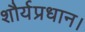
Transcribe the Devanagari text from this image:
शौर्यप्रधान।